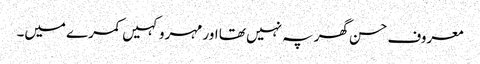
معروف حسن گھر پہ نہیں تھا اور مہرو کہیں کمرے میں۔